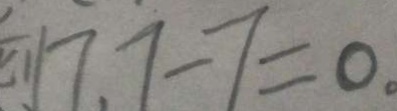
7 . 7 - 7 = 0 .